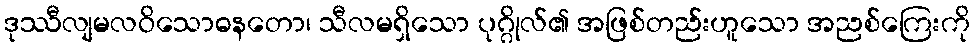
ဒုဿီလျမလဝိသောဓနတော၊ သီလမရှိသော ပုဂ္ဂိုလ်၏ အဖြစ်တည်းဟူသော အညစ်ကြေးကို